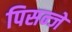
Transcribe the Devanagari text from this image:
पिसन्जे